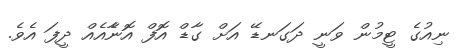
ނިއުގެ ޓީމުން ވަނީ ދަގަނޑޭ އަށް ގާޑް އޮފް އޮނާެއެއް ދީފަ އެވެ.